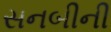
સનબીની